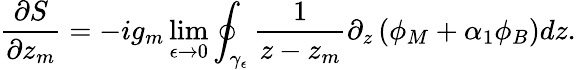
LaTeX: \frac{\partial S}{\partial z_{m}}=-ig_{m}\operatorname*{lim}_{\epsilon\rightarrow 0}\oint_{\gamma_{\epsilon}}\frac{1}{z-z_{m}}\partial_{z}\left(\phi_{M}+\alpha_{1}\phi_{B}\right)dz.